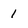
Character: 1